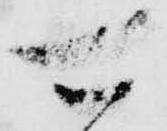
可